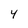
Character: 4